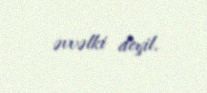
əvvəlki deyil.